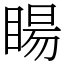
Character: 䁑